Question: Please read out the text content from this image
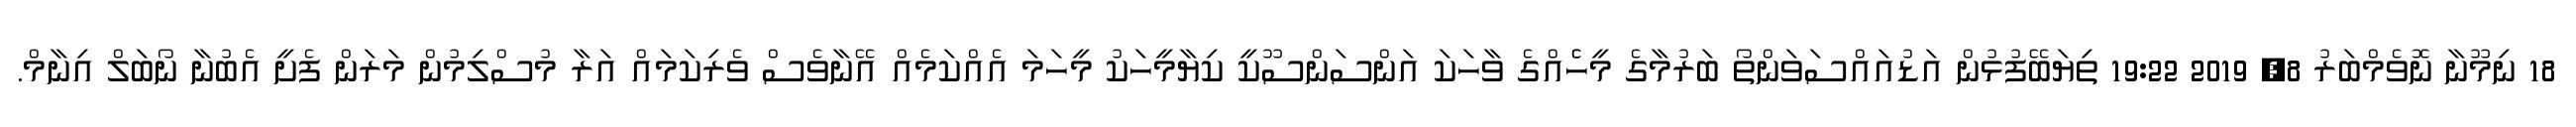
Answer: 18 ނިމޫނާ ނޮވެމްބަރު 8, 2019 19:22 ތިޔަބޭފުޅުން އަޑުއައްސަވަންތޯ ބަރުމާގެ މީހެެއްގެ ވާހަކަ އަންސަންސޫކީ ކިޔާމީހަކު މީހަމަ އެއްކަމެއް އޭނާވެސް ވެރިކަމައް އަރާ މުސްލިމުން މަރަން ފެށީ އެބުނާ ނޯބަލް އިނާމް.